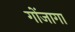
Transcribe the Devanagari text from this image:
गोंजागा